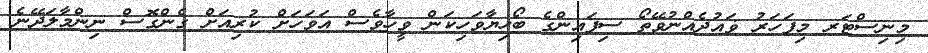
މިނިސްޓަރ މިފަހަރު ޥައުދެއްނުވޭތޯ ސިފައިންގެ ބޯހިޔާވަހިކަން ވީހާވެސް އަވަހަށް ކުރިއަށް ގެންގޮސް ނިންމާލަދޭނެ